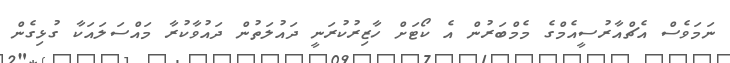
ނަމަވެސް އެޗްއާރުސީއެމްގެ މެމްބަރުން އެ ކޯޓަށް ހާޒިރުކުރަނީ ދައުލަތުން ދައުވާކުރާ މައްސަލައަކާ ގުޅިގެން